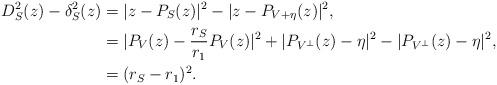
LaTeX: \begin{align*}D_{S}^{2}(z) - \delta_{S}^{2}(z) &= |z- P_{S}(z)|^{2} - | z - P_{{V+\eta}}(z)|^{2}, \\&=|P_{V}(z) - \frac{r_{S}}{r_1}P_{V}(z)|^{2} + | P_{V^{\perp}}(z)-\eta|^2 -| P_{V^{\perp}}(z)-\eta|^2, \\ &=(r_{S} - r_{1})^2.\end{align*}